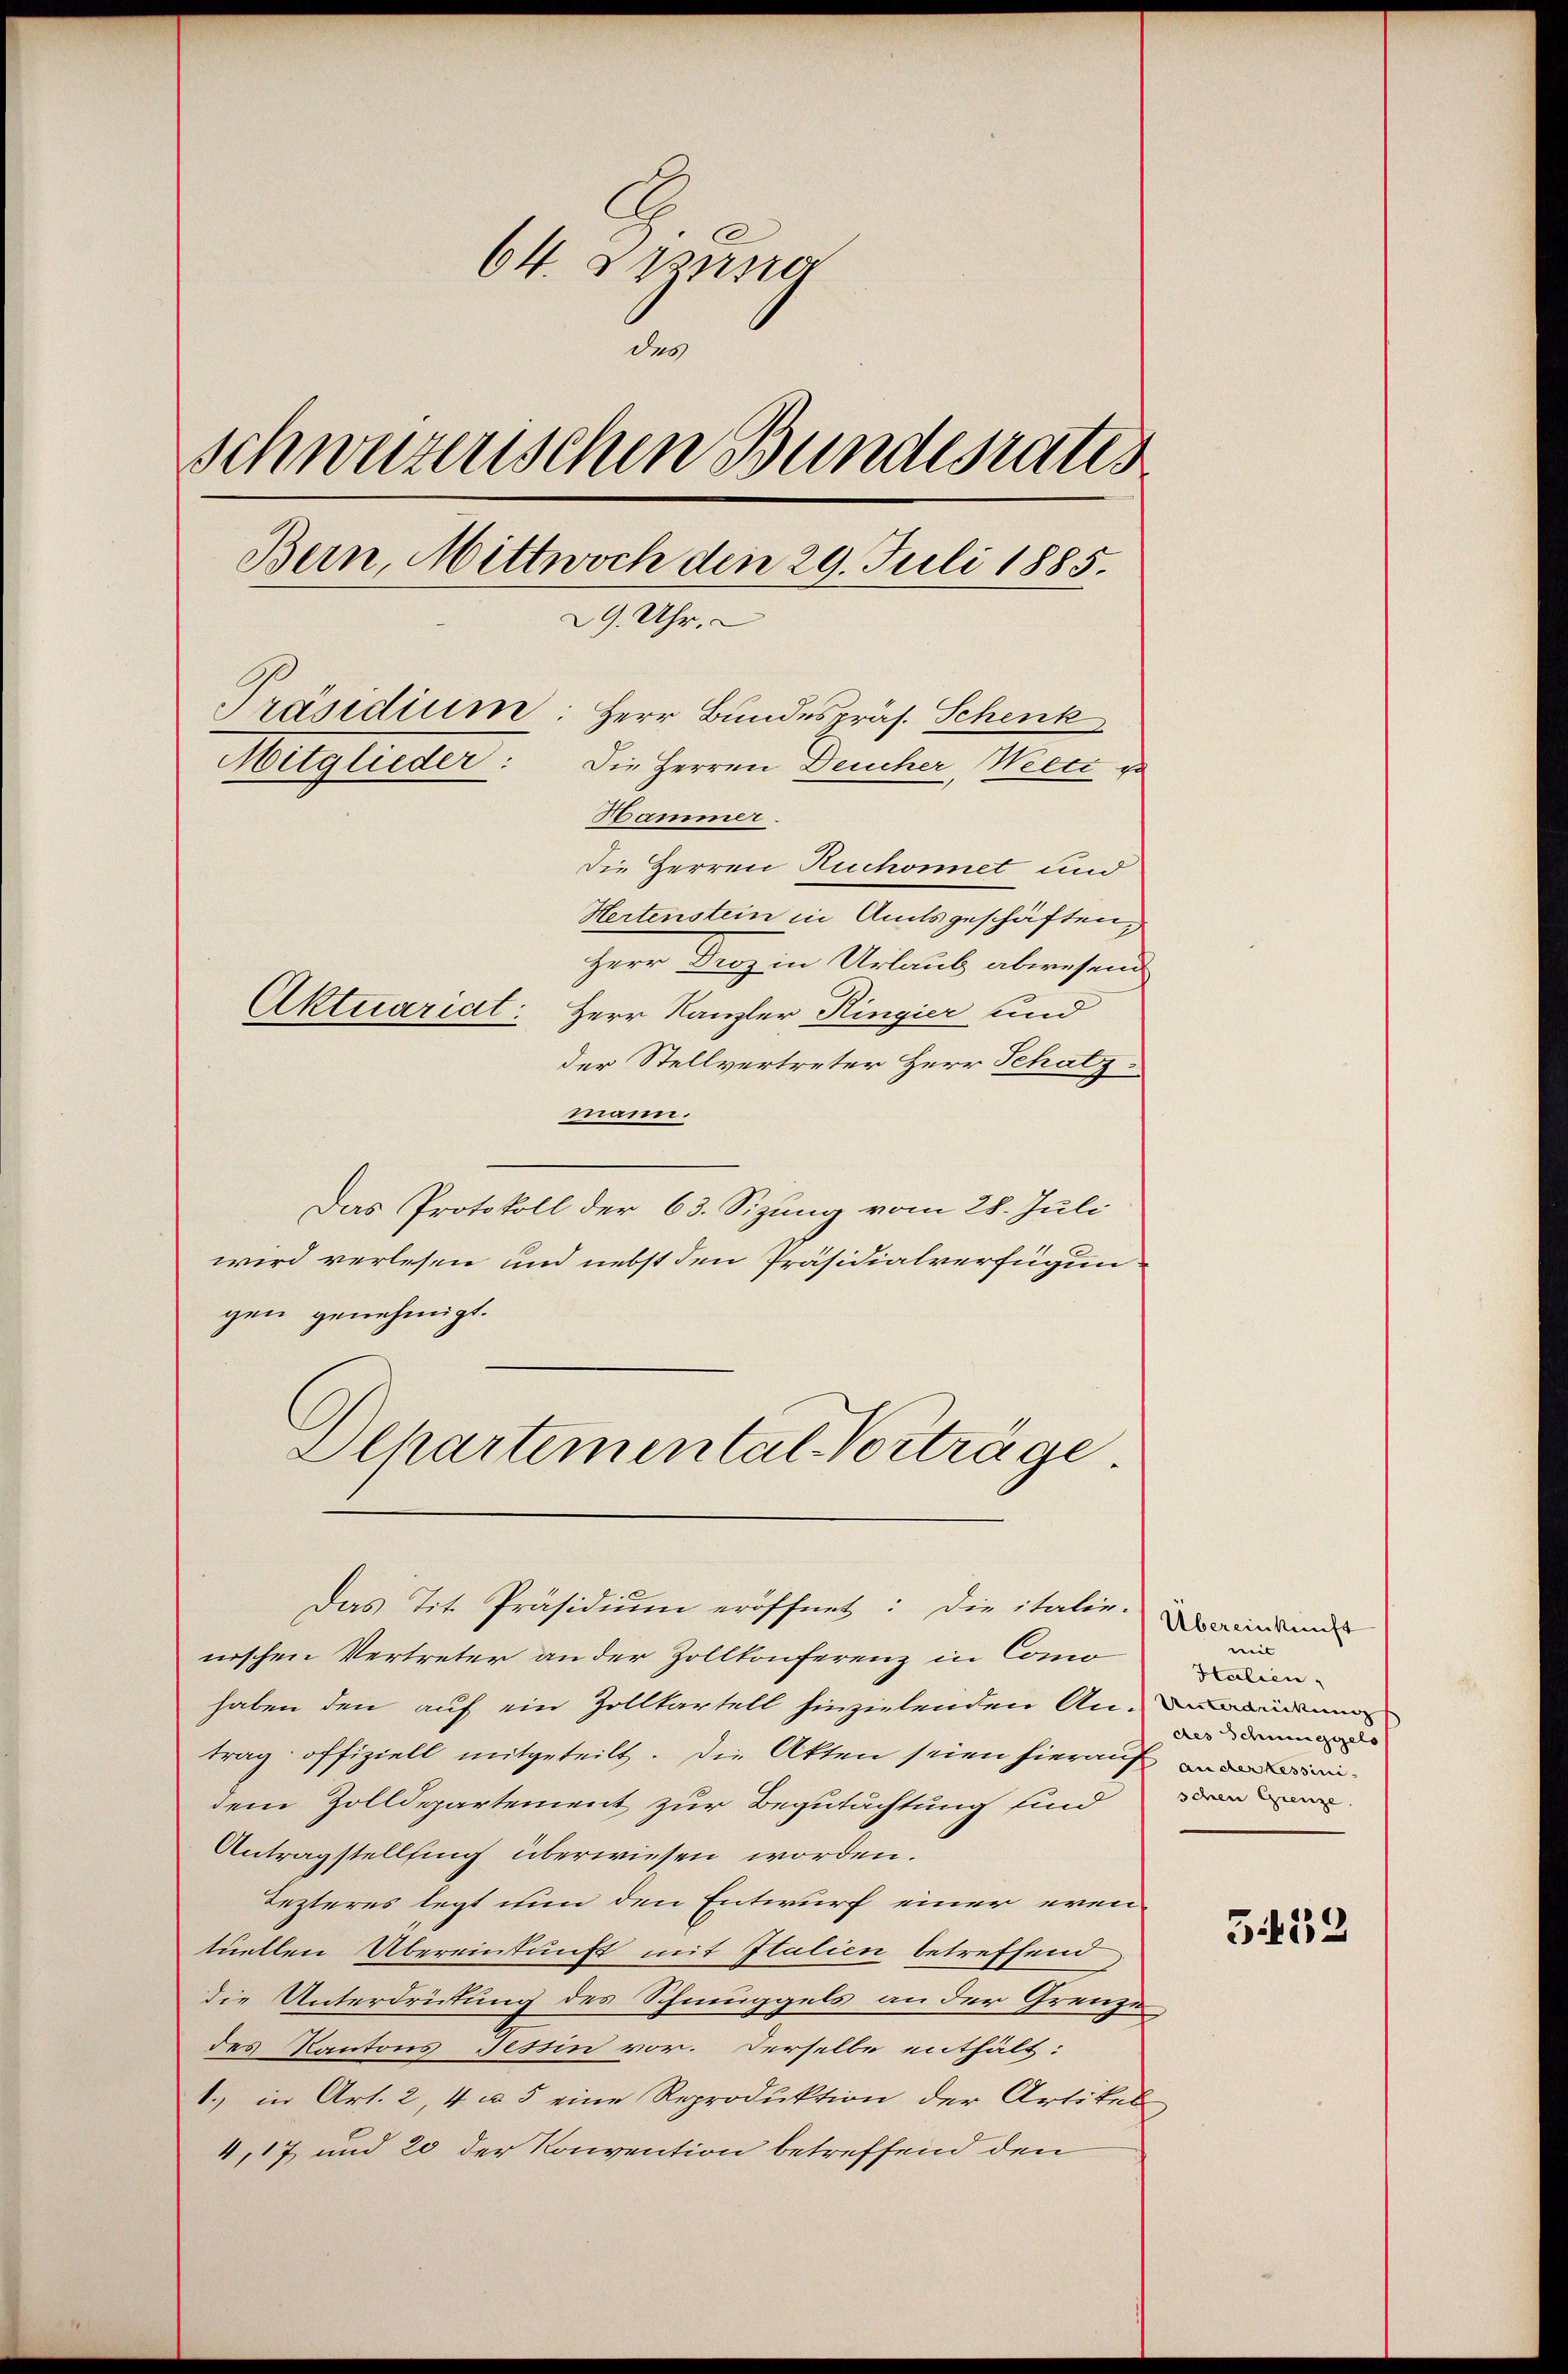
64. Sparsa
des
Schwurzenschen Bundesrates
Bern, Mittwoch den 29. Juli 1885.
29. Uhr.
Präsidium: Herr Bundespräs. Schenk
Mitglieder: Die Herren Deucher, Weece de
Hammer.

die Herren Ruchonnet und
Hertenstein in Amtsgeschäften,
Herr Drozin Urlaub abwesend
Aktuariat: Herr Kanzler Ringier und
der Stellvertreter Herr Schatz
mann.
Das Protokoll der 63. Sizung vom 28. Juli
wird verlesen und nebst den Präsidialverfügungen genehmigt.
Departementat Vorträge
Das Tit. Präsidium eröffnet: Die italier-
nischen Vertreter an der Zollkonferenz in Como
haben den auf ein Zollkartell hinzielenden Ande
trag offiziell mitgeteilt. Die Akten seien hierauf di
dem Zolldepartement zur Begutachtung sind
Antragstellung überwiesen worden.
Lezteres legt nun den Entwurf einer even-
tuellen Übereinkunft mit Italien betreffend
die Unterdrütung des Schmuggels an der Grenze
des Kantons Tessin vor. Derselbe enthält:
1., in Art. 2, 4 u. 5 eine Reproduktion der Artikel
4,17, und 20 der Konvention betreffend den

Übereinkunft
mit
Halien.
des Schunggels
schen Grenze.

339